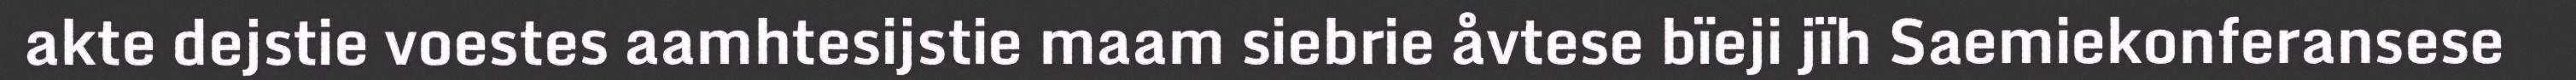
akte dejstie voestes aamhtesijstie maam siebrie åvtese bïeji jïh Saemiekonferansese